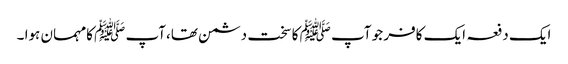
ایک دفعہ ایک کافر جو آپ ﷺ کا سخت دشمن تھا،آپ ﷺ کامہمان ہوا ۔